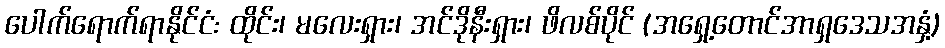
ပေါက်ရောက်ရာနိုင်ငံ: ထိုင်း၊ မလေးရှား၊ အင်ဒိုနီးရှား၊ ဖိလစ်ပိုင် (အရှေ့တောင်အာရှဒေသအနှံ့)